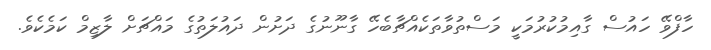
ހާފްވޭ ހައުސް ގާއިމުކުރުމަކީ މަސްތުވާތަކެއްޗާބެހޭ ގާނޫނުގެ ދަށުން ދައުލަތުގެ މައްޗަށް ލާޒިމް ކަމެކެވެ.